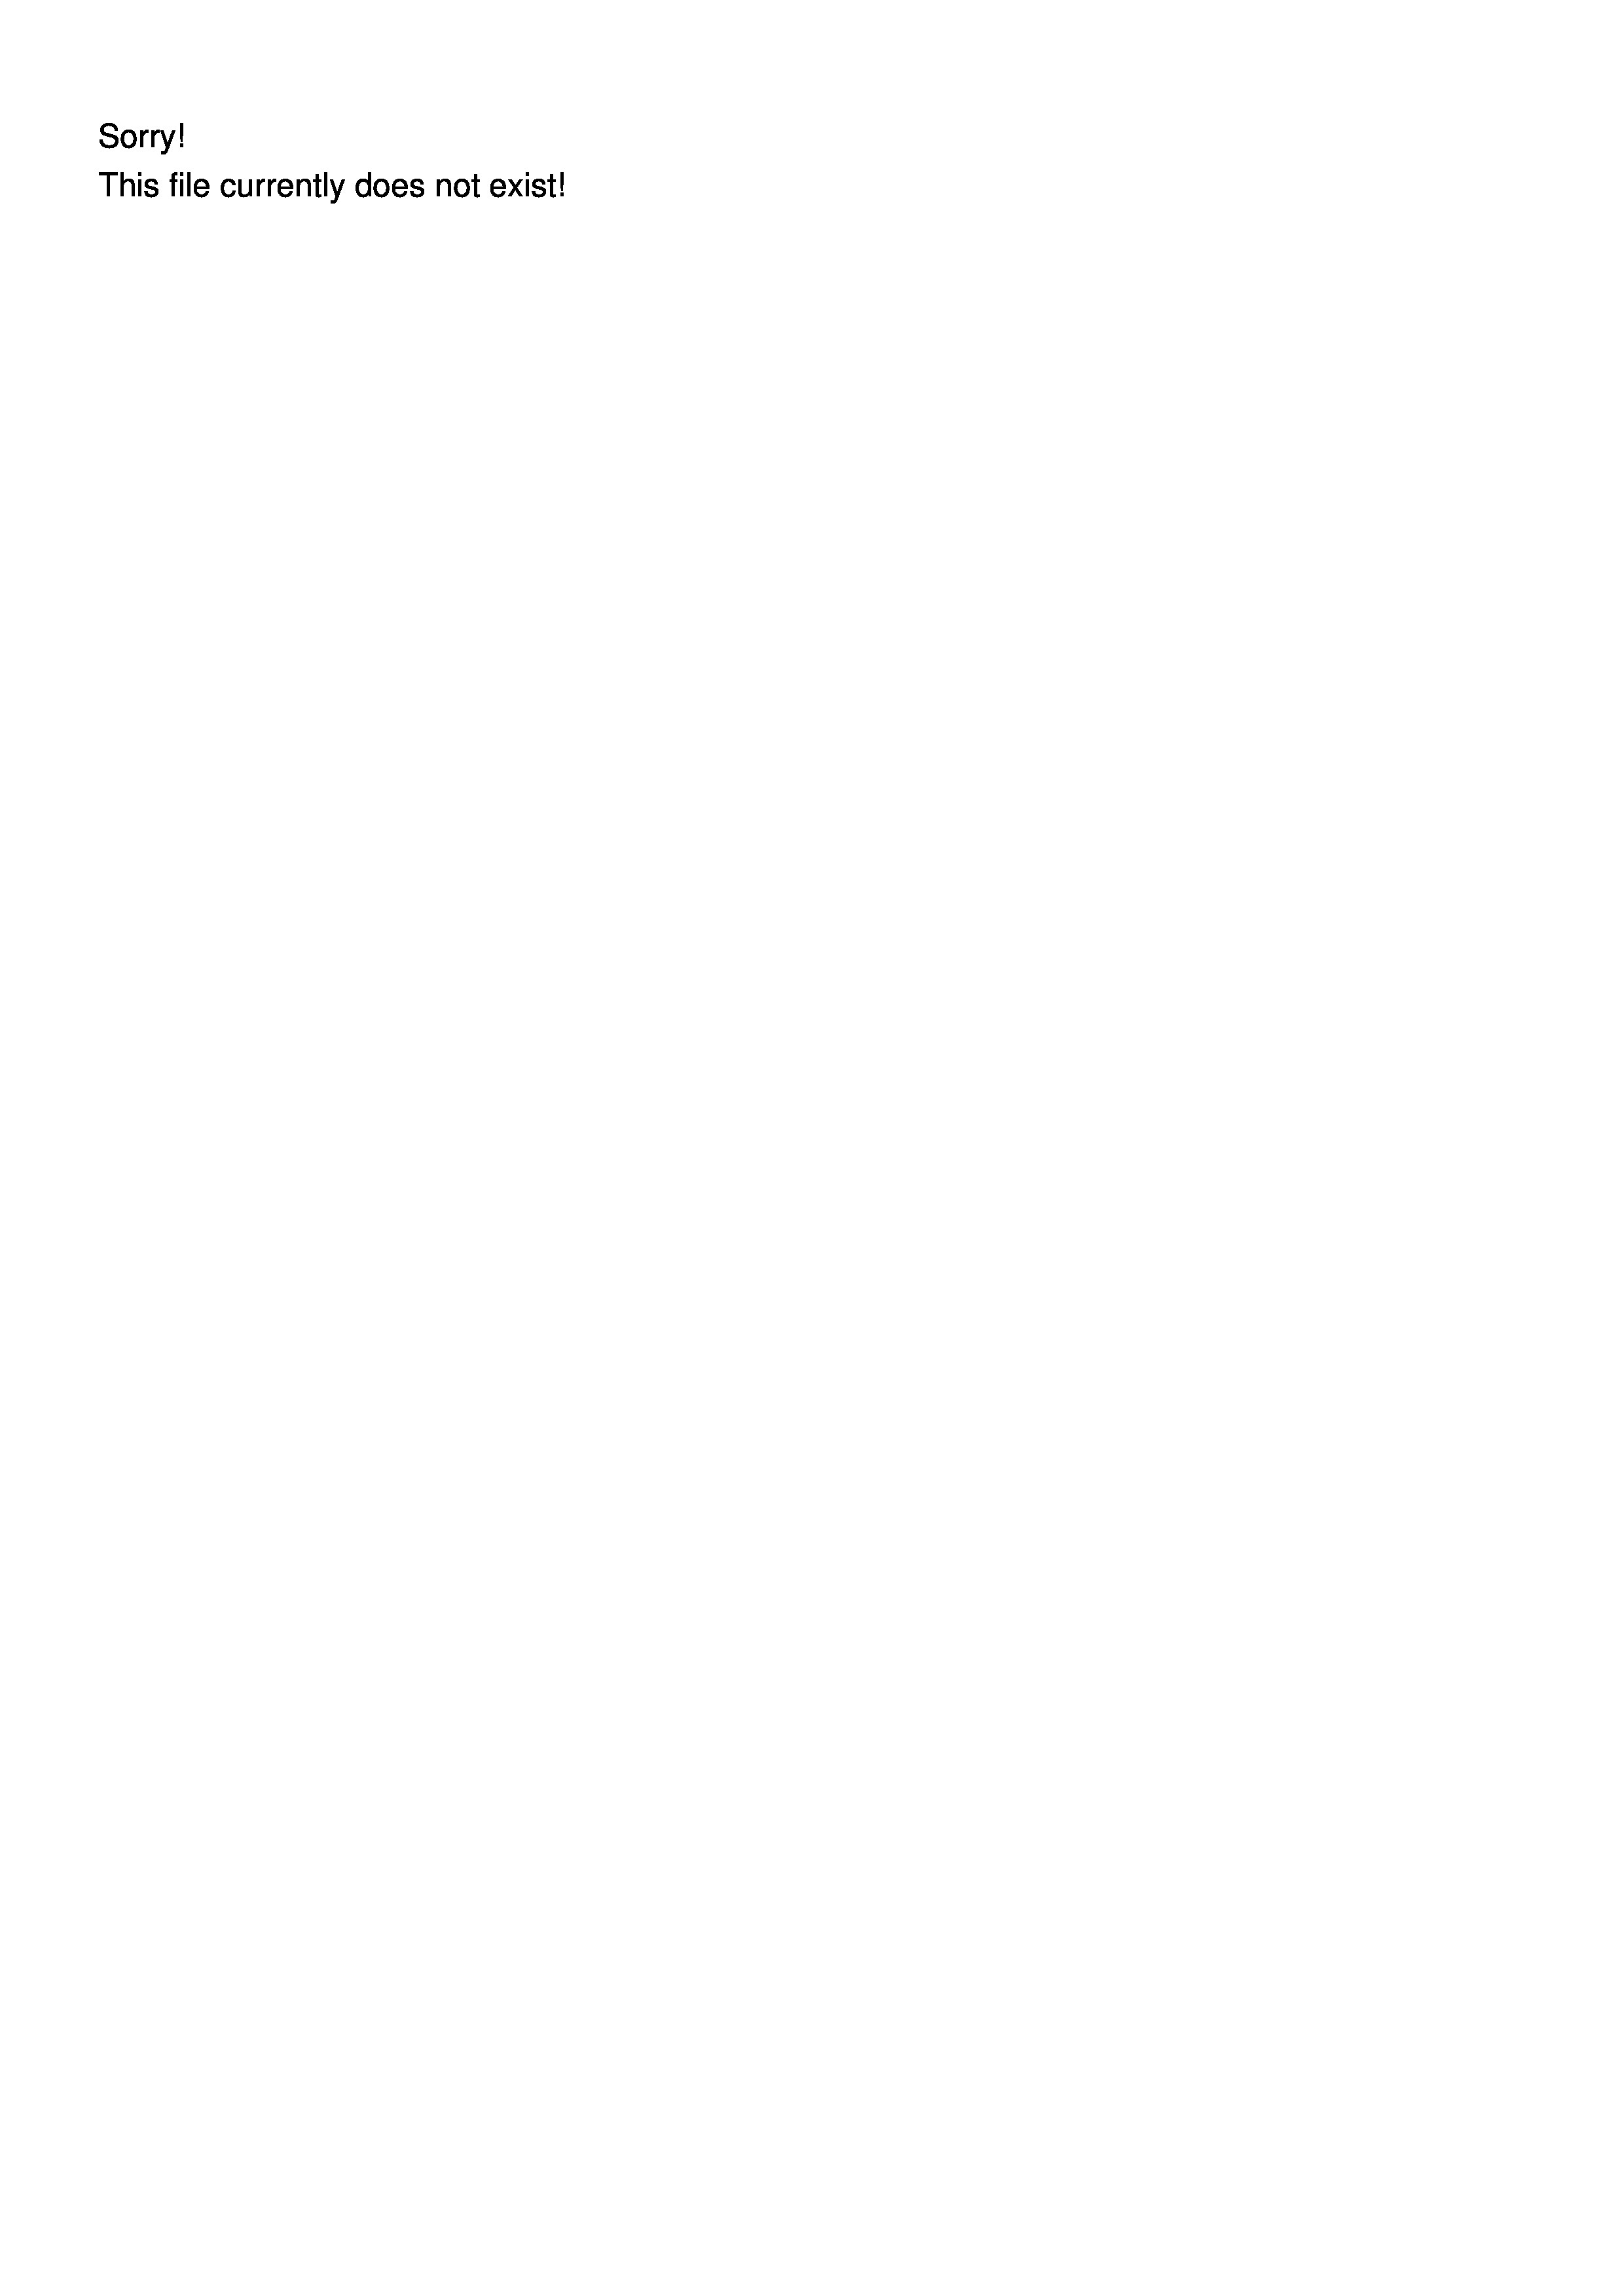
This file currentiy d

5
oes not exis